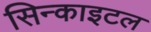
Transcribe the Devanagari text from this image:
सिन्काइटल